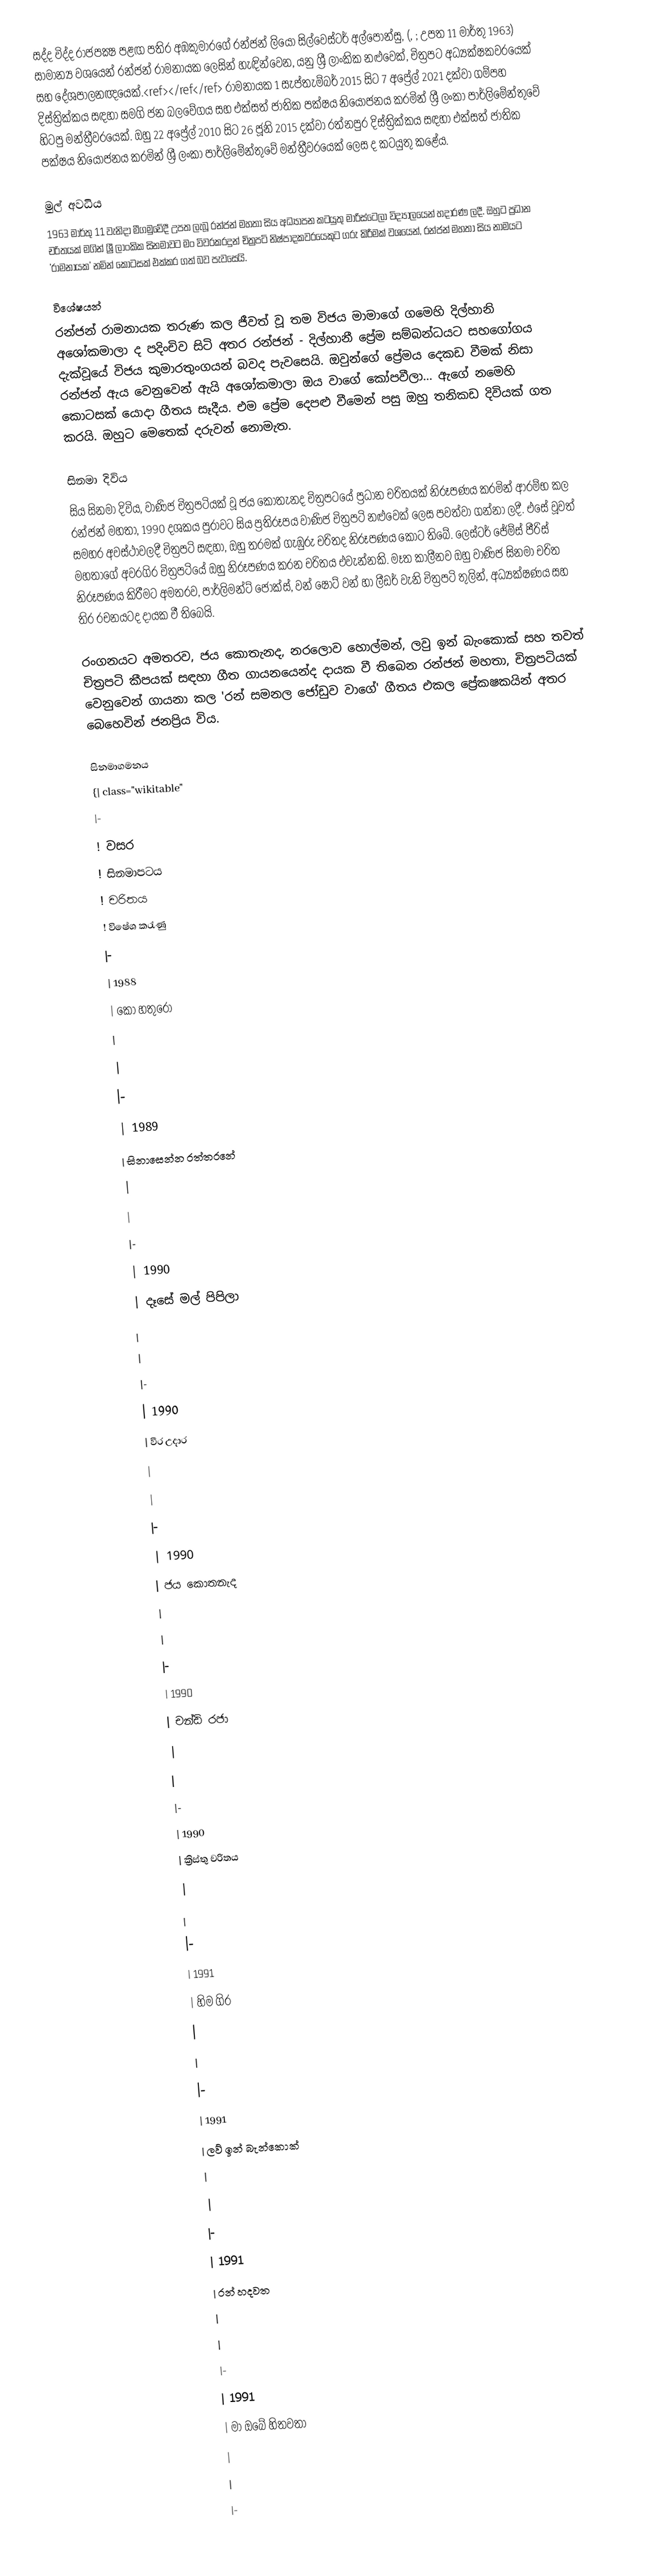
සද්ද විද්ද රාජපක්‍ෂ පළඟ පතිර අඹකුමාරගේ රන්ජන් ලියෝ සිල්වෙස්ටර් අල්පෝන්සු, (, ; උපත 11 මාර්තු 1963) සාමාන්‍ය වශයෙන් රන්ජන් රාමනායක ලෙසින් හැඳින්වෙන, යනු ශ්‍රී ලාංකික නළුවෙක්, චිත්‍රපට අධ්‍යක්ෂකවරයෙක්  සහ දේශපාලනඥයෙක්.<ref></ref</ref> රාමනායක 1 සැප්තැම්බර් 2015 සිට 7 අප්‍රේල් 2021 දක්වා ගම්පහ දිස්ත්‍රික්කය සඳහා සමගි ජන බලවේගය සහ එක්සත් ජාතික පක්ෂය නියෝජනය කරමින් ශ්‍රී ලංකා පාර්ලිමේන්තුවේ හිටපු මන්ත්‍රීවරයෙක්. ඔහු 22 අප්‍රේල් 2010 සිට 26 ජූනි 2015 දක්වා රත්නපුර දිස්ත්‍රික්කය සඳහා එක්සත් ජාතික පක්ෂය නියෝජනය කරමින් ශ්‍රී ලංකා පාර්ලිමේන්තුවේ මන්ත්‍රීවරයෙක් ලෙස ද කටයුතු කළේය.

මුල් අවධිය
1963 මාර්තු 11 වැනිදා මීගමුවේදී උපත ලැබූ රන්ජන් මහතා සිය අධ්‍යාපන කටයුතු මාරිස්ටෙලා විද්‍යාලයෙන් හදාරණ ලදී. ඔහුට ප්‍රධාන චරිතයක් මගින් ශ්‍රී ලාංකික සිනමාවට මං විවරකරදුන් චිත්‍රපටි නිෂ්පාදකවරයෙකුට ගරු කිරීමක් වශයෙන්, රන්ජන් මහතා සිය නාමයට 'රාමනායක' නමින් කොටසක් එක්කර ගත් බව පැවසෙයි.

විශේෂයන්
රන්ජන් රාමනායක තරුණ කල ජීවත් වූ තම විජය මාමාගේ ගමෙහි දිල්හානි අශෝකමාලා ද පදිංචිව සිටි අතර රන්ජන් - දිල්හානී ප්‍රේම සම්බන්ධයට සහගෝගය දැක්වූයේ විජය කුමාරතුංගයන් බවද පැවසෙයි. ඔවුන්ගේ ප්‍රේමය දෙකඩ වීමක් නිසා රන්ජන් ඇය වෙනුවෙන් ඇයි අශෝකමාලා ඔය වාගේ කෝපවීලා…  ඇගේ නමෙහි කොටසක් යොදා ගීතය සෑදීය. එම ප්‍රේම දෙපළු වීමෙන් පසු ඔහු තනිකඩ දිවියක් ගත කරයි. ඔහුට මෙතෙක් දරුවන් නොමැත.

සිනමා දිවිය
සිය සිනමා දිවිය, වාණිජ චිත්‍රපටියක් වූ ජය කොතැනද චිත්‍රපටයේ ප්‍රධාන චරිතයක් නිරූපණය කරමින් ආරම්භ කල රන්ජන් මහතා, 1990 දශකය පුරාවට සිය ප්‍රතිරූපය වාණිජ චිත්‍රපටි නළුවෙක් ලෙස පවත්වා ගන්නා ලදී. එසේ වූවත් සමහර අවස්ථාවලදී චිත්‍රපටි සඳහා, ඔහු තරමක් ගැඹුරු චරිතද නිරූපණය කොට තිබේ. ලෙස්ටර් ජේම්ස් පීරිස් මහතාගේ අවරගිර චිත්‍රපටියේ ඔහු නිරූපණය කරන චරිතය එවැන්නකි. මෑත කාලීනව ඔහු වාණිජ සිනමා චරිත නිරූපණය කිරීමට අමතරව,  පාර්ලිමන්ට් ජෝක්ස්, වන් ෂොට් වන් හා ලීඩර් වැනි චිත්‍රපටි තුලින්, අධ්‍යක්ෂණය සහ තිර රචනයටද දායක වී තිබෙයි.

රංගනයට අමතරව, ජය කොතැනද, නරලොව හොල්මන්, ලවු ඉන් බැංකොක් සහ තවත් චිත්‍රපටි කීපයක් සඳහා ගීත ගායනයෙන්ද දායක වී තිබෙන රන්ජන් මහතා, චිත්‍රපටියක් වෙනුවෙන් ගායනා කල 'රන් සමනල ජෝඩුව වාගේ' ගීතය එකල ප්‍රේකෂකයින් අතර බෙහෙවින් ජනප්‍රිය විය.

සිනමාගමනය
{| class="wikitable"
|-
! වසර
! සිනමාපටය
! චරිතය
! විෂේශ කරැණු
|-
| 1988
| කෝ හතුරෝ
|
|
|-
| 1989
| සිනාසෙන්න රත්තරනේ
|
|
|-
| 1990
| දෑසේ මල් පිපිලා
|
|
|-
| 1990
| වීර උදාර
|
|
|-
| 1990
| ජය කොතනැද
|
|
|-
| 1990
| චන්ඩි රජා
|
|
|-
| 1990
| ක්‍රිස්තු චරිතය
|
|
|-
| 1991
| හිම ගිර
|
|
|-
| 1991
| ලව් ඉන් බැන්කොක්
|
|
|-
| 1991
| රන් හදවත
|
|
|-
| 1991
| මා ඔබේ හිතවතා
|
|
|-